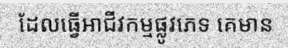
ដែលធ្វើអាជីវកម្មផ្លូវភេទ គេមាន